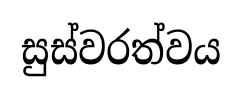
සුස්වරත්වය